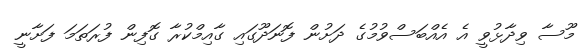
މޫސާ ވިދާޅުވީ އެ އެއްބަސްވުމުގެ ދަށުން ފޮނަދޫގައި ގާއިމްކުރާ ގޮފިން ފުރަތަމަ ފަށާނީ